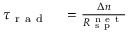
\begin{array} { r l } { \tau _ { \mathrm { ~ r ~ a ~ d ~ } } } & { { } = \frac { \Delta n } { R _ { \mathrm { ~ s ~ p ~ } } ^ { \mathrm { ~ n ~ e ~ t ~ } } } } \end{array}